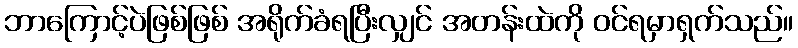
ဘာကြောင့်ပဲဖြစ်ဖြစ် အရိုက်ခံရပြီးလျှင် အတန်းထဲကို ဝင်ရမှာရှက်သည်။